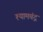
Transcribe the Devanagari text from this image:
श्यामचंद्र